Epidemic dropsy in Calcutta - Number 45
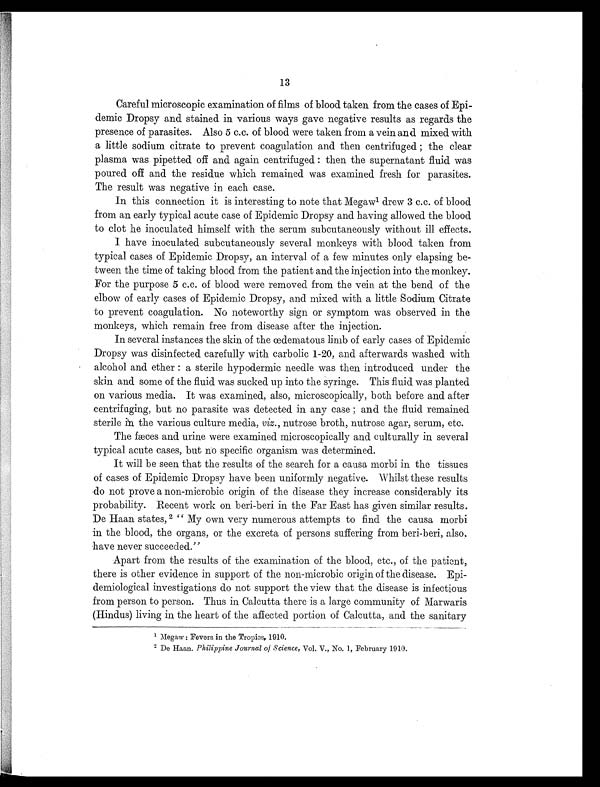
13
Careful microscopic examination of films of blood taken from the cases of Epi-
demic Dropsy and stained in various ways gave negative results as regards the
presence of parasites. Also 5 c.c. of blood were taken from a vein and mixed with
a little sodium citrate to prevent coagulation and then centrifuged the clear
plasma was pipetted off and again centrifuged : then the supernatant fluid was
poured off and the residue which remained was examined fresh for parasites.
The result was negative in each case.
In this connection it is interesting to note that Megaw1 drew 3 c.c. of blood
from an early typical acute case of Epidemic Dropsy and having allowed the blood
to clot he inoculated himself with the serum subcutaneously without ill effects.
I have inoculated subcutaneously several monkeys with blood taken from
typical cases of Epidemic Dropsy, an interval of a few minutes only elapsing be-
tween the time of taking blood from the patient and the injection into the monkey.
For the purpose 5 c.c. of blood were removed from the vein at the bend of the
elbow of early cases of Epidemic Dropsy, and mixed with a little Sodium Citrate
to prevent coagulation. No noteworthy sign or symptom was observed in the
monkeys, which remain free from disease after the injection.
In several instances the skin of the œdematous limb of early cases of Epidemic
Dropsy was disinfected carefully with carbolic 1-20, and afterwards washed with
alcohol and ether : a sterile hypodermic needle was then introduced under the
skin and some of the fluid was sucked up into the syringe. This fluid was planted
on various media. It was examined, also, microscopically, both before and after
centrifuging, but no parasite was detected in any case ; and the fluid remained
sterile the various culture media, viz., nutrose broth, nutrose agar, serum, etc.
The fæces and urine were examined microscopically and culturally in several
typical acute cases, but no specific organism was determined.
It will be seen that the results of the search for a causa morbi in the tissues
of cases of Epidemic Dropsy have been uniformly negative. Whilst these results
do not prove a non-microbic origin of the disease they increase considerably its
probability. Recent work on beri-beri in the Far East has given similar results.
De Haan states, 2 " My own very numerous attempts to find the causa morbi
in the blood, the organs, or the excreta of persons suffering from beri-beri, also.
have never succeeded."
Apart from the results of the examination of the blood, etc., of the patient,
there is other evidence in support of the non-microbic origin of the disease. Epi-
demiological investigations do not support the view that the disease is infectious
from person to person. Thus in Calcutta there is a large community of Marwaris
(Hindus) living in the heart of the affected portion of Calcutta, and the sanitary
1Megaw : Fevers in the Tropics, 1910.
2 De Ha a n . Phi l i ppi ne J our nal of Sci ence, Vol . V. , No. 1, Febr uar y 1910.